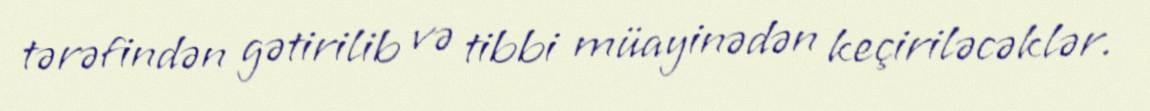
tərəfindən gətirilib və tibbi müayinədən keçiriləcəklər.